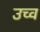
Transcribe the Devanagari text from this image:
उच्व